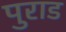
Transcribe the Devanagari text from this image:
पुराड